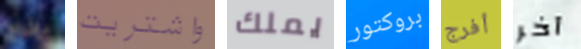
بإخراج واشتريت يملك بروكتور أفرج آخر